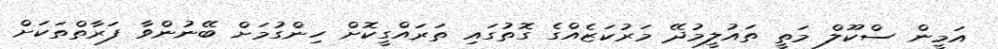
އަމީން ސްކޫލް މަތީ ތައުލީމުދޭ މަރުކަޒެއްގެ ގޮތުގައި ތަރައްގީކޮށް ހިންގުމަށް ބޭނުންވާ ފަރާތްތަކަށް